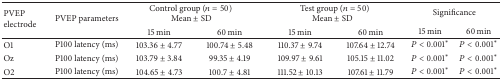
| <ROWSPAN=2> PVEP electrode | <ROWSPAN=2> PVEP parameters | <COLSPAN=2> Control group (n = 50)Mean ± SD | <COLSPAN=2> Test group (n = 50)Mean ± SD | <COLSPAN=2> Significance |
 | 15 min | 60 min | 15 min | 60 min | 15 min | 60 min |
 | --- | --- | --- | --- | --- | --- | --- | --- |
 | O1 | P100 latency (ms) | 103.36 ± 4.77 | 100.74 ± 5.48 | 110.37 ± 9.74 | 107.64 ± 12.74 | P < 0.001∗ | P < 0.001∗ |
 | Oz | P100 latency (ms) | 103.79 ± 3.84 | 99.35 ± 4.19 | 109.97 ± 9.61 | 105.15 ± 11.02 | P < 0.001∗ | P < 0.001∗ |
 | O2 | P100 latency (ms) | 104.65 ± 4.73 | 100.7 ± 4.81 | 111.52 ± 10.13 | 107.61 ± 11.79 | P < 0.001∗ | P < 0.001∗ |